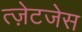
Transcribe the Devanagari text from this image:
त्ज़ेटजेस